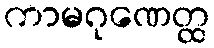
ကာမဂုဏေတ္ထ